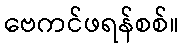
ဗေကင်ဖရန်စစ်။